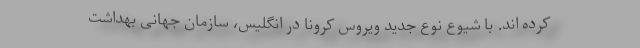
کرده اند. با شیوع نوع جدید ویروس کرونا در انگلیس، سازمان جهانی بهداشت